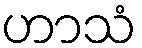
ဟာသံ